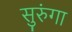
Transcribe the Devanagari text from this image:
सुरुंगा